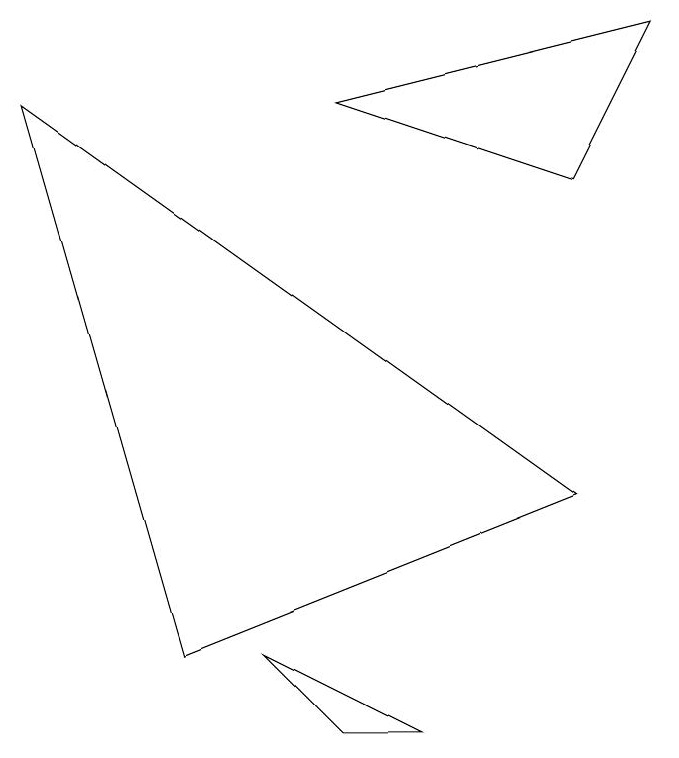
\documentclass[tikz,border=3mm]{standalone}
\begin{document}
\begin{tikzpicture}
\draw (5,0) -- (3,1) -- (4,0) -- cycle;
\draw (4,8) -- (8,9) -- (7,7) -- cycle;
\draw (7,3) -- (0,8) -- (2,1) -- cycle;
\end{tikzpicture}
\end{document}